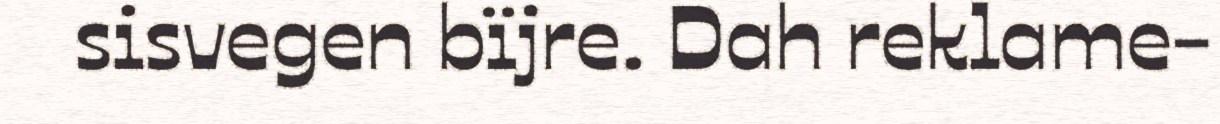
sisvegen bïjre. Dah reklame-